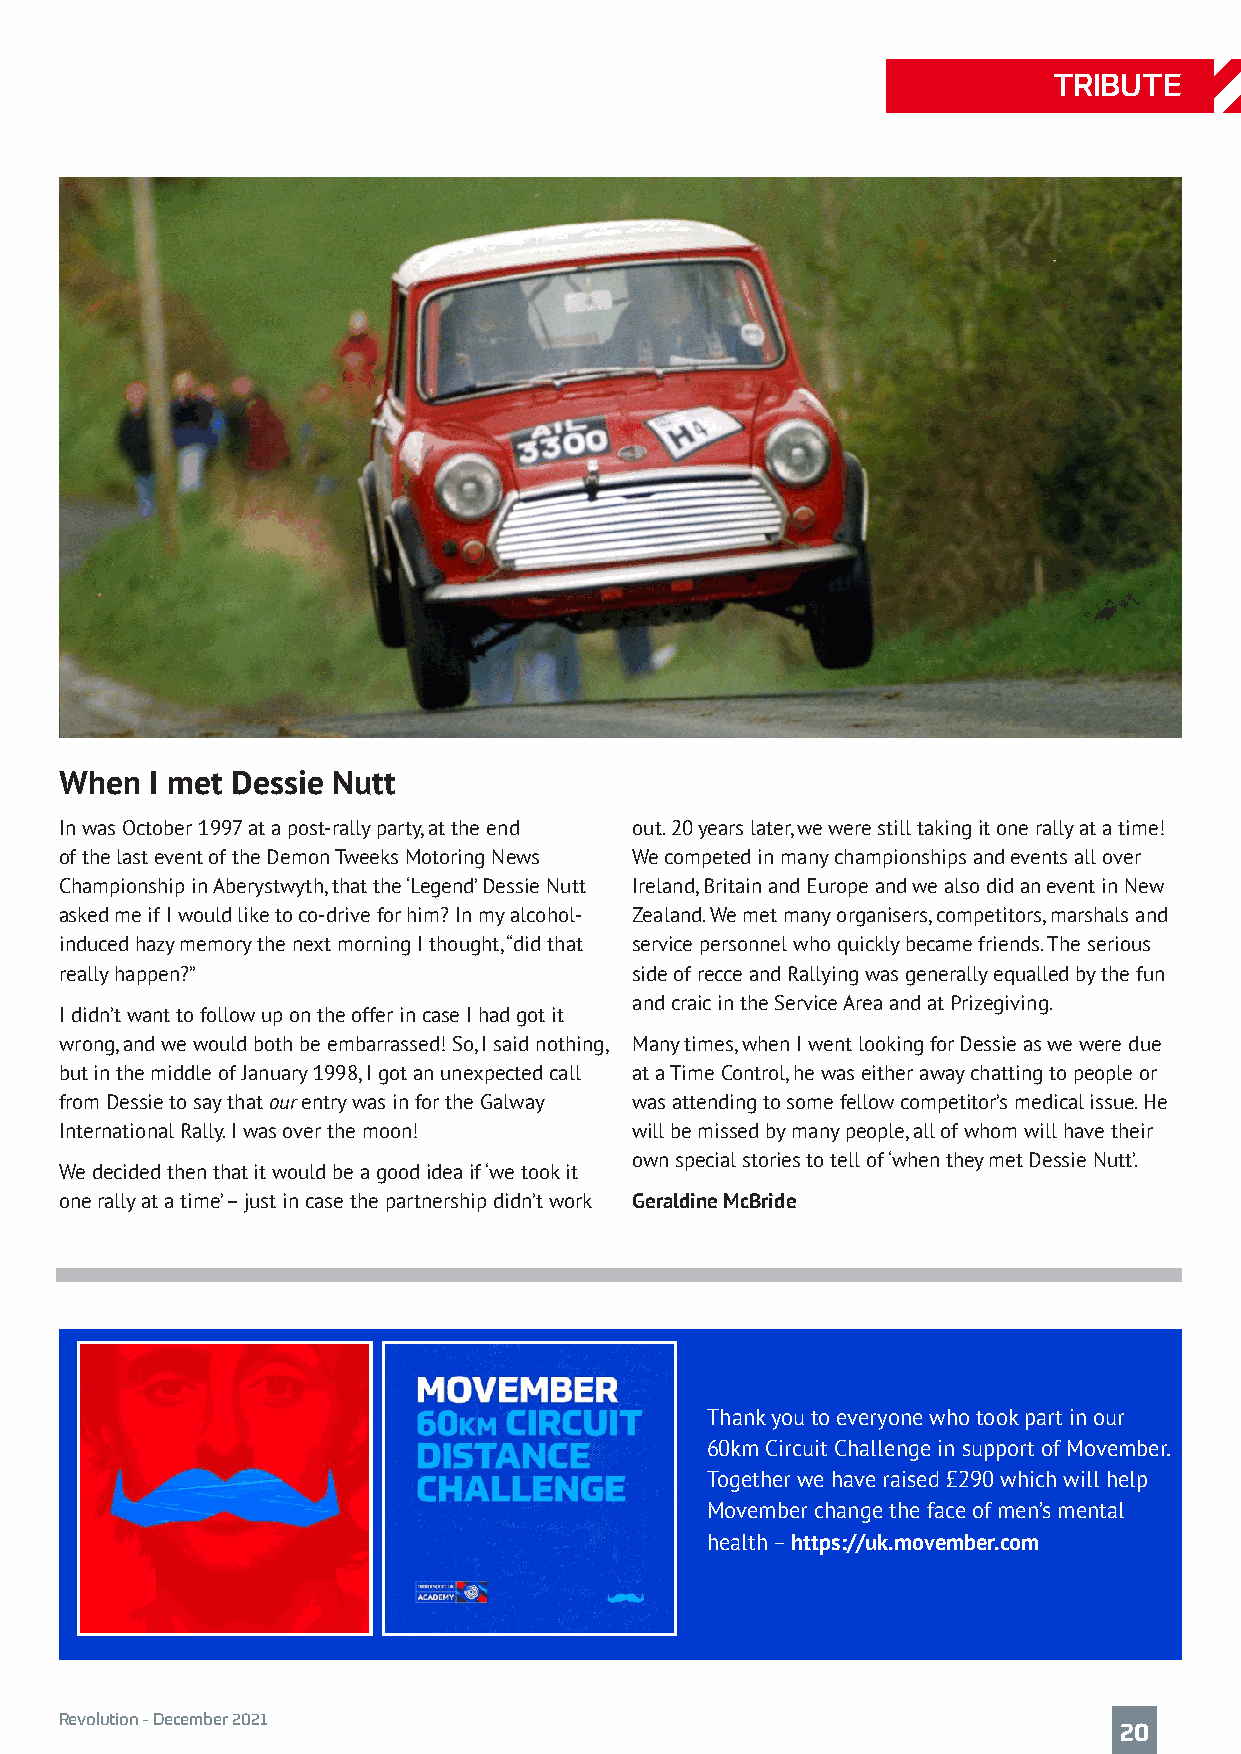
TRIBUTE
 When  I met Dessie Nutt
 In was October 1997 at a post-rally party, at the end out. 20 years later, we were still taking it one rally at a time!
 of the last event of the Demon Tweeks Motoring News We competed in many championships and events all over
 Championship in Aberystwyth, that the ‘Legend’ Dessie Nutt Ireland, Britain and Europe and we also did an event in New
 asked me if I would like to co-drive for him? In my alcohol- Zealand. We met many organisers, competitors, marshals and
 induced hazy memory the next morning I thought, “did that service personnel who quickly became friends. The serious
 really happen?”                       side of recce and Rallying was generally equalled by the fun
 and craic in the Service Area and at Prizegiving.
 I didn’t want to follow up on the offer in case I had got it
 wrong, and we would both be embarrassed! So, I said nothing, Many times, when I went looking for Dessie as we were due
 but in the middle of January 1998, I got an unexpected call at a Time Control, he was either away chatting to people or
 from Dessie to say that our entry was in for the Galway was attending to some fellow competitor’s medical issue. He
 International Rally. I was over the moon! will be missed by many people, all of whom will have their
 own special stories to tell of ‘when they met Dessie Nutt’.
 We decided then that it would be a good idea if ‘we took it
 one rally at a time’ – just in case the partnership didn’t work Geraldine McBride
 Thank you to everyone who took part in our
 60km Circuit Challenge in support of Movember.
 Together we have raised £290 which will help
 Movember change the face of men’s mental
 health – https://uk.movember.com
 Revolution - December 2021
 20